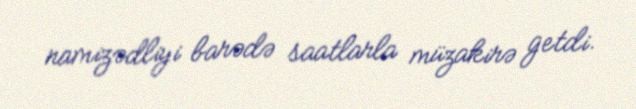
namizədliyi barədə saatlarla müzakirə getdi.